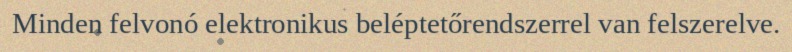
Minden felvonó elektronikus beléptetőrendszerrel van felszerelve.